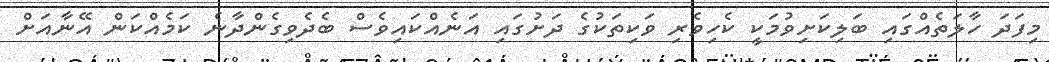
މިފަދަ ހާލަތެއްގައި ބަލިކަށިވުމަކީ ކެހިވެރި ވަކިތަކުގެ ދަށުގައި އަނެއްކައިވެސް ބެދެވިގެންދާނެ ކަމެއްކަން އޭނާއަށް